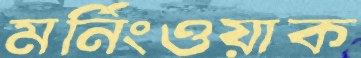
মর্নিংওয়াক